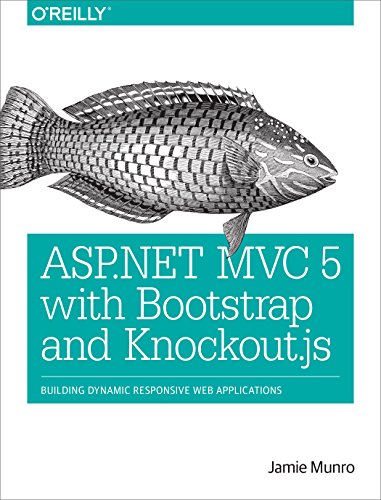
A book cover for ASP.NET MVC 5 with Bootstrap and Knockout.js: Building Dynamic, Responsive Web Applications; Jamie Munro; Computers & Technology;